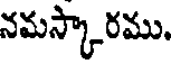
నమస్కారము.